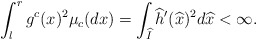
\begin{align*}\int_l^r g^c(x)^2\mu_c(dx)=\int_{\widehat{I}} \widehat{h}' (\widehat{x})^2d\widehat{x}<\infty.\end{align*}